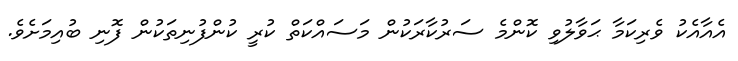
އެއާއެކު ވެރިކަމާ ޙަވާލުވި ކޮންމެ ސަރުކާރަކުން މަސައްކަތް ކުރީ ކުންފުނިތަކުން ފޮނި ބުއިމަށެވެ.